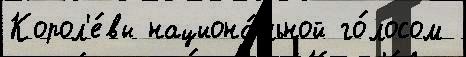
Корол'е́вы национа́льной го́лосом